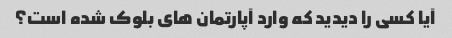
آیا کسی را دیدید که وارد آپارتمان های بلوک شده است؟